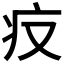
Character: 𤴨